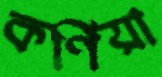
কর্ণিয়া